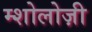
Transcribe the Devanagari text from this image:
म्शोलोज़ी